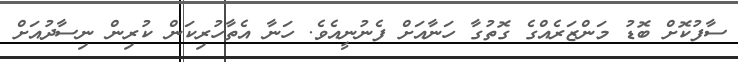
ސާފުކޮށް ބޮޑު މަންޒަރެއްގެ ގޮތުގާ ހަނާއަށް ފެނުނީއެވެ. ހަނާ އެތާހުރިކަން ކުރިން ނިސާދުއަށް